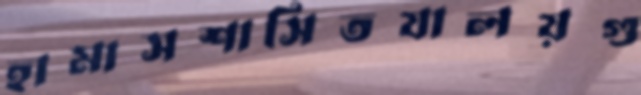
হামাসশাসিতযালয়গু